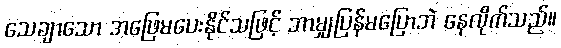
သေချာသော အဖြေမပေးနိုင်သဖြင့် ဘာမျှပြန်မပြောဘဲ နေလိုက်သည်။